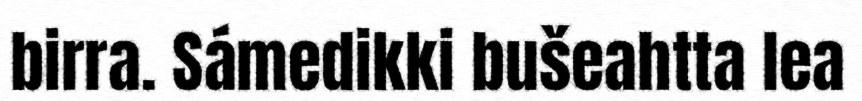
birra. Sámedikki bušeahtta lea